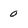
Character: 0